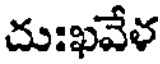
దుఃఖవేళ